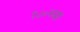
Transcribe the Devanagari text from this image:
१८०च्या